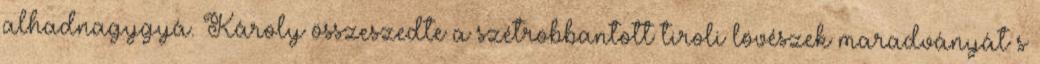
alhadnagygyá. Károly összeszedte a szétrobbantott tiroli lövészek maradványát s